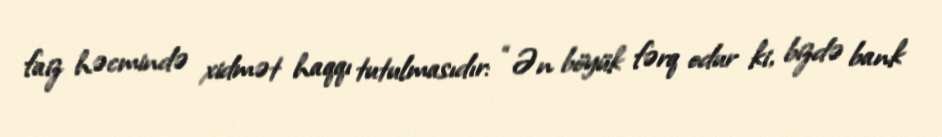
faiz həcmində xidmət haqqı tutulmasıdır: “Ən böyük fərq odur ki, bizdə bank